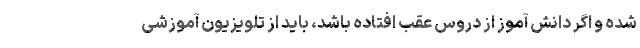
شده و اگر دانش آموز از دروس عقب افتاده باشد، باید از تلویزیون آموزشی